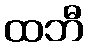
ထဘီ